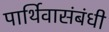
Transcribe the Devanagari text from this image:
पार्थिवासंबंधी